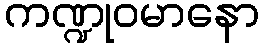
ကဏ္ဍုဝမာနော